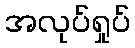
အလုပ်ရှုပ်